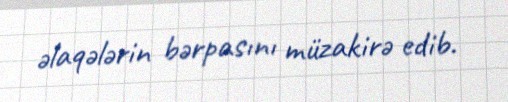
əlaqələrin bərpasını müzakirə edib.